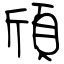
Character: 頎